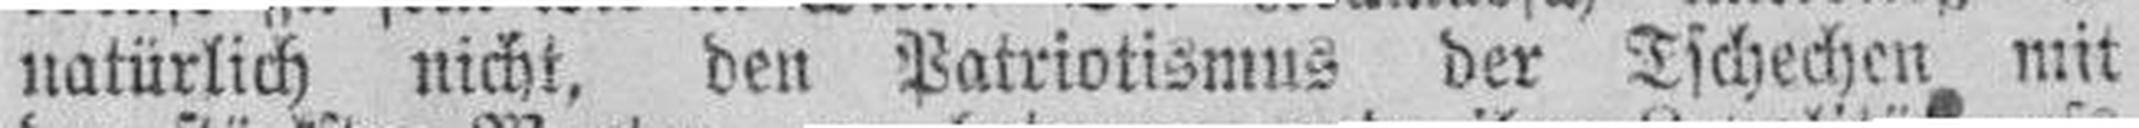
natürlich nicht, den Patriotismus der Tschechen mit